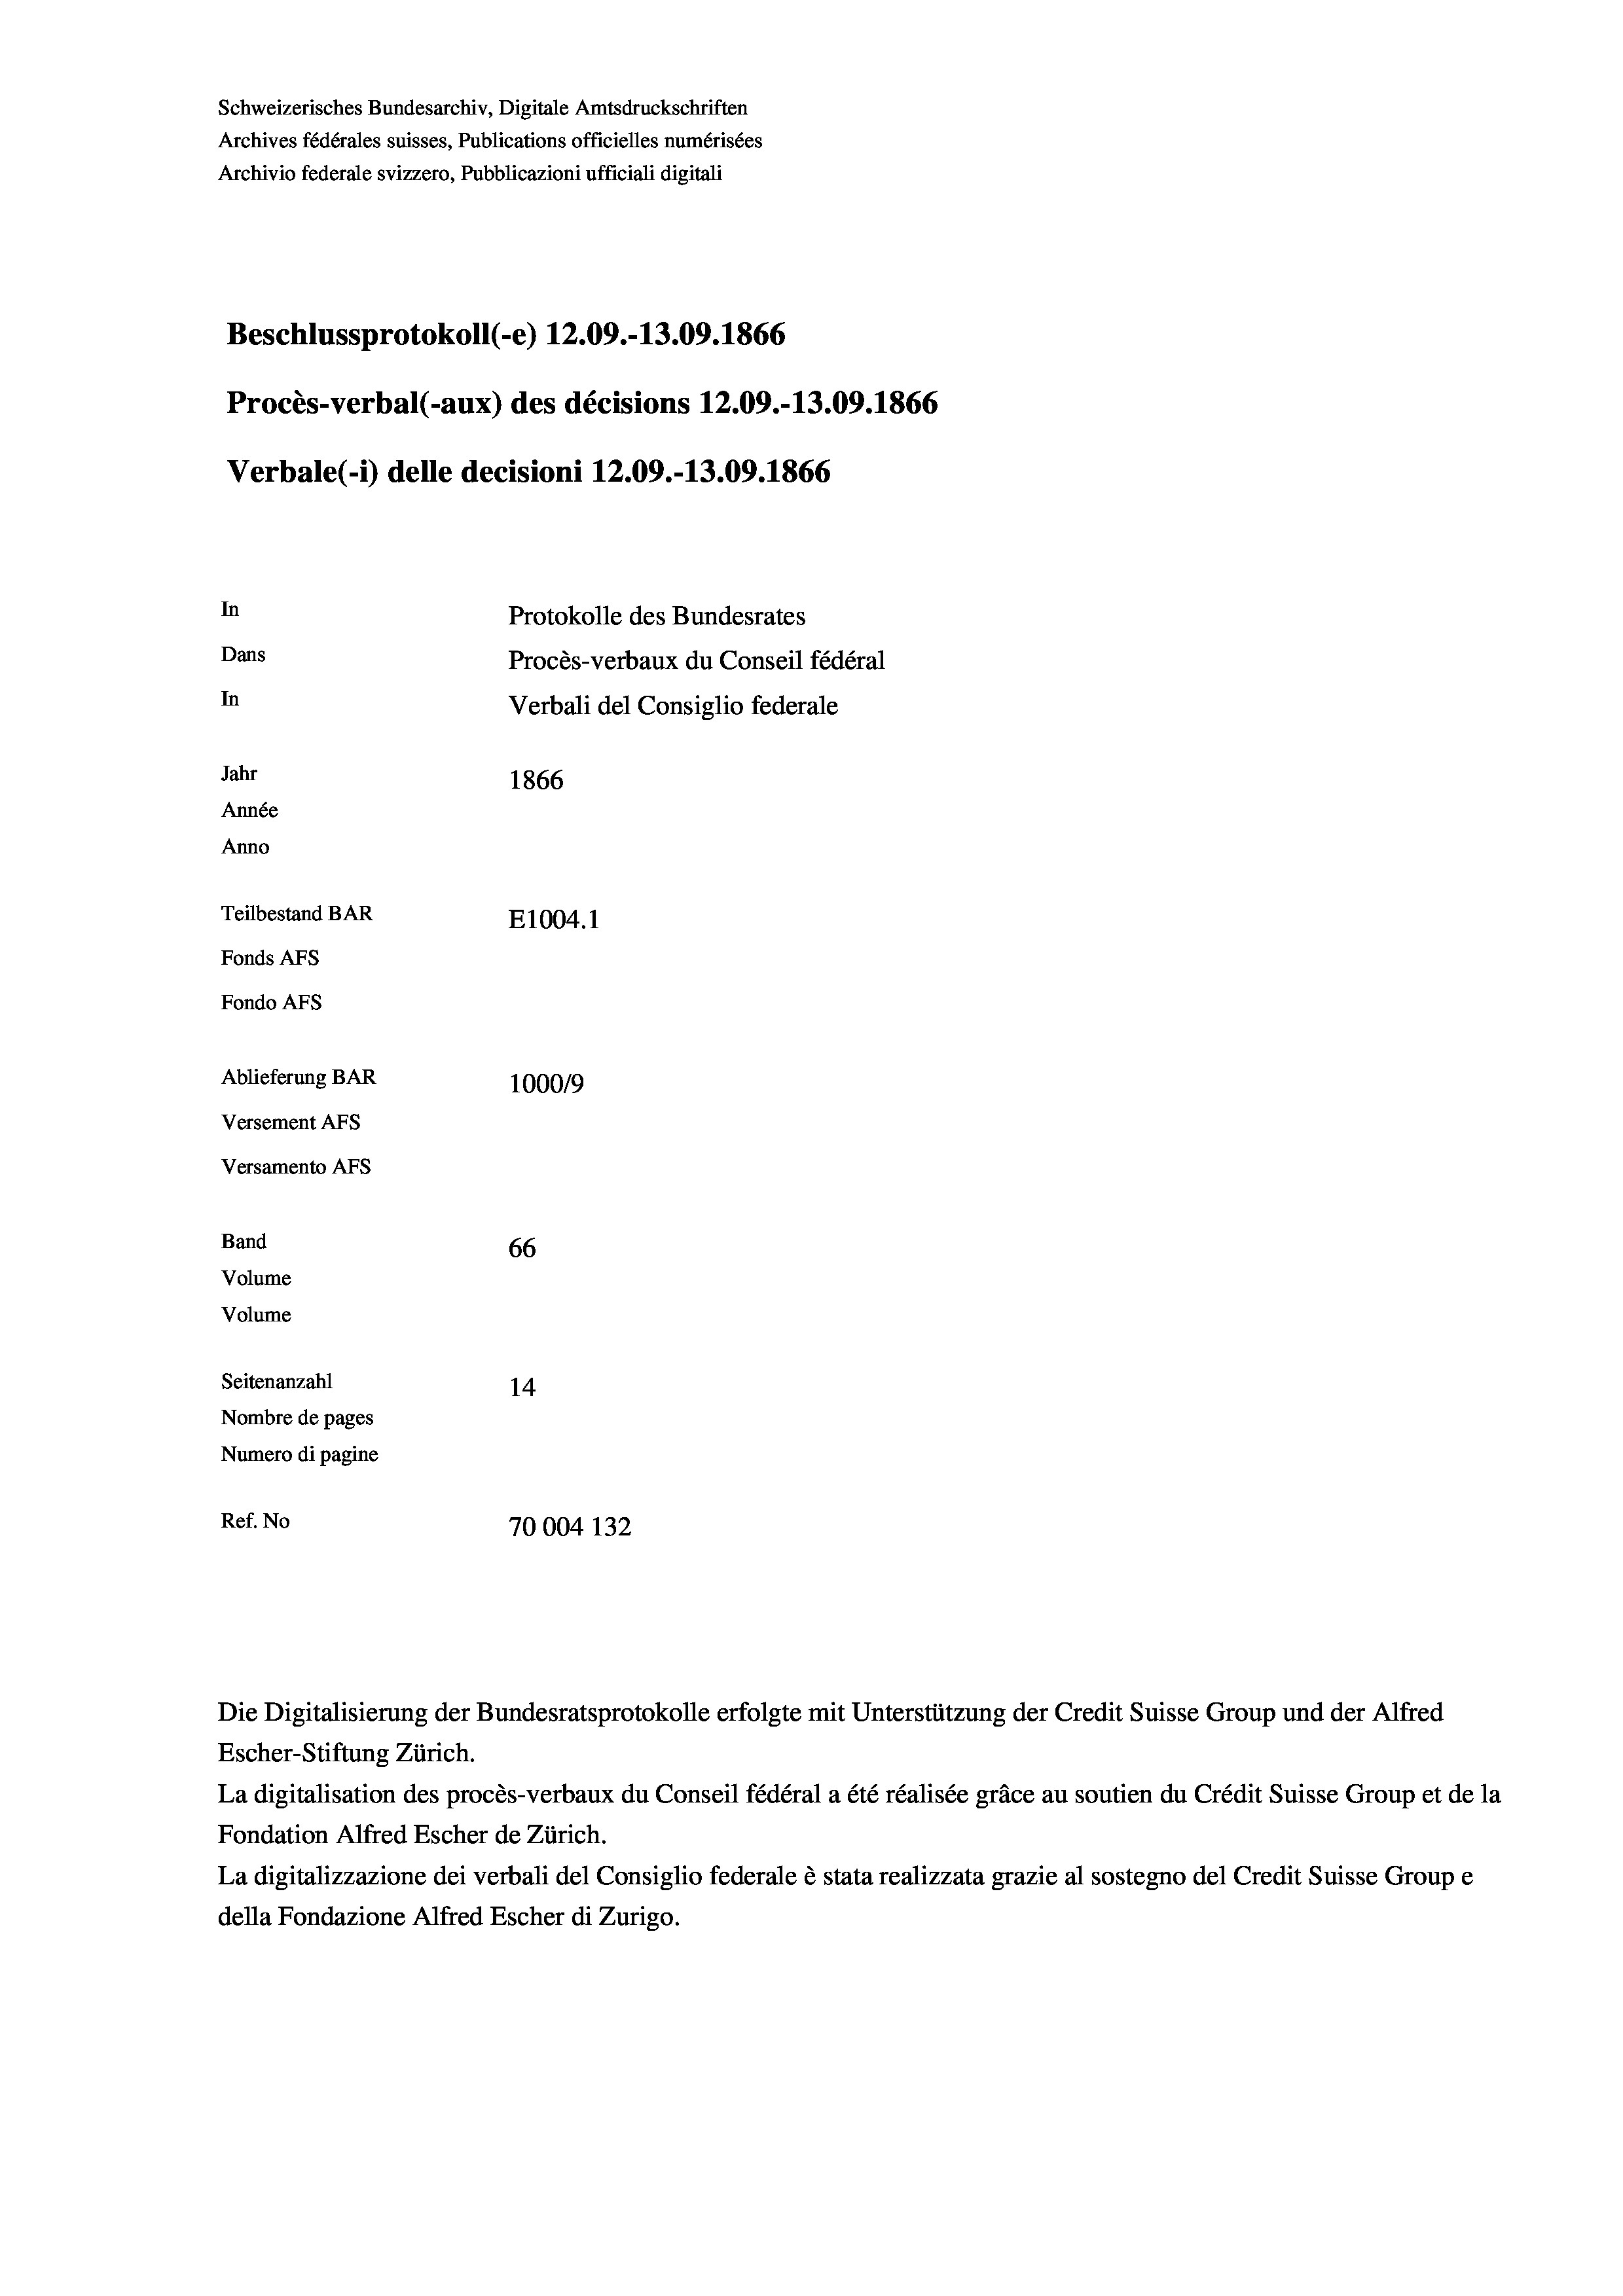
Schweizerisches Bundesarchiv, Digitale Amtsdruckschriften
Archives fédérales suisses, Publications officielles numérisées
Archivio federale svizzero, Pubblicazioni ufficiali digitali
Beschlussprotokoll (-e) 12.09.-13.09. 1866
Procès-verbal (-aux) des décisions 12.09.-13.09. 1866
Verbale (i) delle decisioni 12.09.-13.09. 1866
In
Protokolle des Bundesrates
Dans
Procès-verbaux du Conseil fédéral
In
Verbali del Consiglio federale
Jahr
1866
Année
Anno
Teilbestand BAR
E1004. 1
Fonds AFs
Fondo Afs
Ablieferung BAR
1000/9
Versement AFs
Versamento Afs

Band
Volume
Volume

66
Seitenanzahl
14
Nombre de pages
Numero di pagine
Ref. No
70004 132

Escher-Stiftung Zürich.
La digitalisation des procès-verbaux du Conseil fédéral a été réalisée gräce au soutien du Crédit Suisse Group et de la
Fondation Alfred Escher de Zürich.
La digitalizzazione dei verbali del Consiglio federale è stata realizzata grazie al sostegno del Credit Suisse Groupe
della Fondazione Alfred Escher di Zurigo.

Die Digitalisierung der Bundesratsprotokolle erfolgte mit Unterstützung der Credit Suisse Group und der Alfred